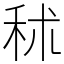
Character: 秫